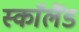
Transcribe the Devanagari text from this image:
स्काॅलैंड